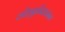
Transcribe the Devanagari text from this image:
स्त्रीशूद्रादिकांना